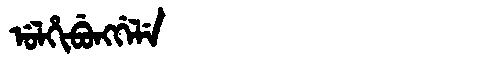
Manchu: ᡠᠯᡥᡳᠪᡠᠩᡤᡝᠯᡝ
Romanization: ULHIBUNGGELE